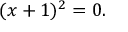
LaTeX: ( x + 1 ) ^ { 2 } = 0 .